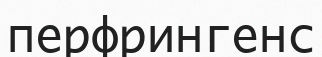
перфрингенс